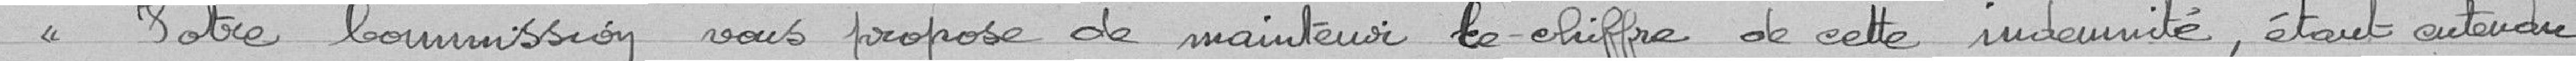
Votre commission vous propose de maintenir le chiffre de cette indemnité, étant entendu